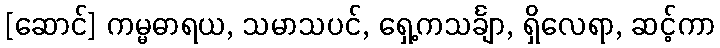
[ဆောင်] ကမ္မဓာရယ, သမာသပင်, ရှေ့ကသင်္ချာ, ရှိလေရာ, ဆင့်ကာ